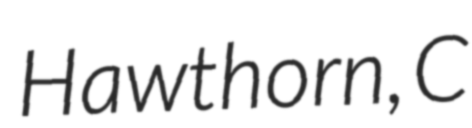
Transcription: Hawthorn,  C